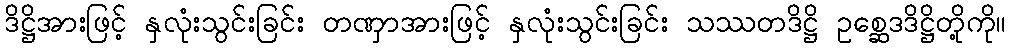
ဒိဋ္ဌိအားဖြင့် နှလုံးသွင်းခြင်း တဏှာအားဖြင့် နှလုံးသွင်းခြင်း သဿတဒိဋ္ဌိ ဥစ္ဆေဒဒိဋ္ဌိတို့ကို။